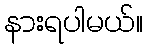
နားရပါမယ်။